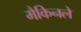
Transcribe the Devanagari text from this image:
मैकिनले